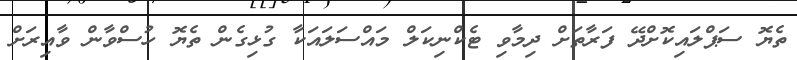
ތެޔޮ ސަޕްލައިކޮށްދޭ ފަރާތަށް ދިމާވި ޓެކްނިކަލް މައްސަލައަކާ ގުޅިގެން ތެޔޮ ހުސްވާން ވާއިރަށް